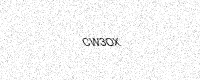
Text: CW3OX